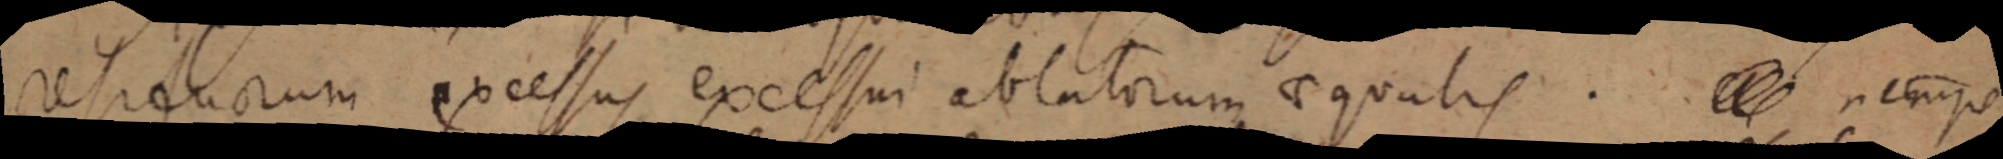
refectuorum excessus excessui ablatorum aequalis. _ nempe